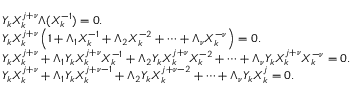
{ \begin{array} { r l } & { Y _ { k } X _ { k } ^ { j + \nu } \Lambda ( X _ { k } ^ { - 1 } ) = 0 . } \\ & { Y _ { k } X _ { k } ^ { j + \nu } \left( 1 + \Lambda _ { 1 } X _ { k } ^ { - 1 } + \Lambda _ { 2 } X _ { k } ^ { - 2 } + \cdots + \Lambda _ { \nu } X _ { k } ^ { - \nu } \right) = 0 . } \\ & { Y _ { k } X _ { k } ^ { j + \nu } + \Lambda _ { 1 } Y _ { k } X _ { k } ^ { j + \nu } X _ { k } ^ { - 1 } + \Lambda _ { 2 } Y _ { k } X _ { k } ^ { j + \nu } X _ { k } ^ { - 2 } + \cdots + \Lambda _ { \nu } Y _ { k } X _ { k } ^ { j + \nu } X _ { k } ^ { - \nu } = 0 . } \\ & { Y _ { k } X _ { k } ^ { j + \nu } + \Lambda _ { 1 } Y _ { k } X _ { k } ^ { j + \nu - 1 } + \Lambda _ { 2 } Y _ { k } X _ { k } ^ { j + \nu - 2 } + \cdots + \Lambda _ { \nu } Y _ { k } X _ { k } ^ { j } = 0 . } \end{array} }